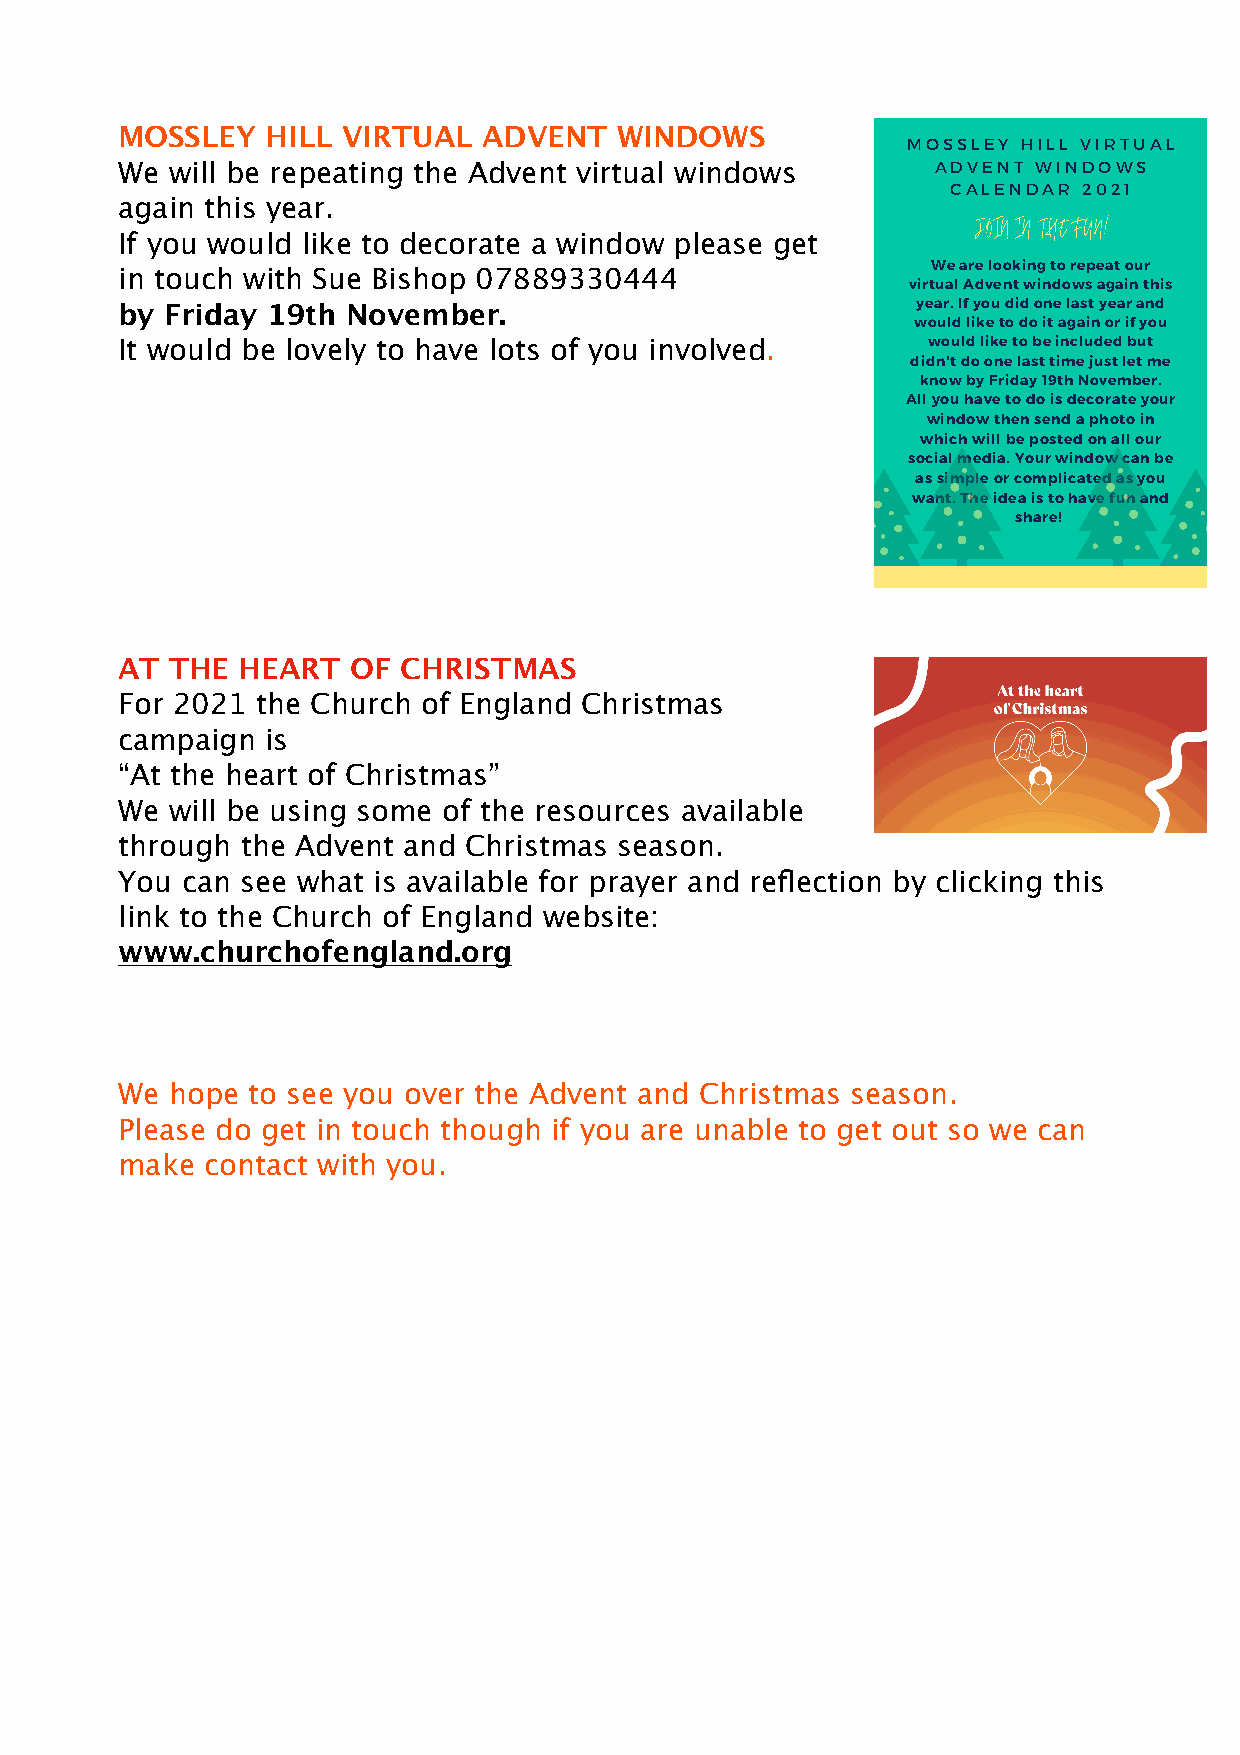
MOSSLEY   HILL VIRTUAL  ADVENT   WINDOWS
 MOSSLEY HILL VIRTUAL
 We will be repeating the Advent virtual windows       ADVENT WINDOWS
 CALENDAR 2021
 again this year.
 If you would like to decorate a window please get
 We are looking to repeat our
 in touch with Sue Bishop 07889330444
 virtual Advent windows again this
 by Friday 19th November.                             year. If you did one last year and
 would like to do it again or if you
 It would be lovely to have lots of you involved.     would like to be included but
 didn't do one last time just let me
 know by Friday 19th November.
 All you have to do is decorate your
 window then send a photo in
 which will be posted on all our
 social media. Your window can be
 as simple or complicated as you
 want. The idea is to have fun and
 share!
 AT THE  HEART  OF  CHRISTMAS
 For 2021 the Church of England Christmas
 campaign  is
 “At the heart of Christmas”
 We will be using some of the resources available
 through the Advent and Christmas season.
 You can see what is available for prayer and reflection by clicking this
 link to the Church of England website:
 www.churchofengland.org
 We hope to see you over the Advent and Christmas season.
 Please do get in touch though if you are unable to get out so we can
 make  contact with you.